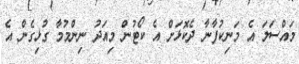
މައްސަލަ އެ މަނިކުފާނާ ދެކޮޅަށް އެ ކޯޓުން މިއަދު ނިންމުމާ ގުޅިގެން އެ